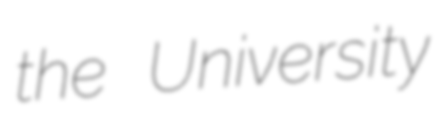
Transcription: the University